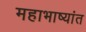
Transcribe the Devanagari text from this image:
महाभाष्यांत